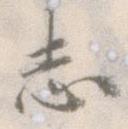
志